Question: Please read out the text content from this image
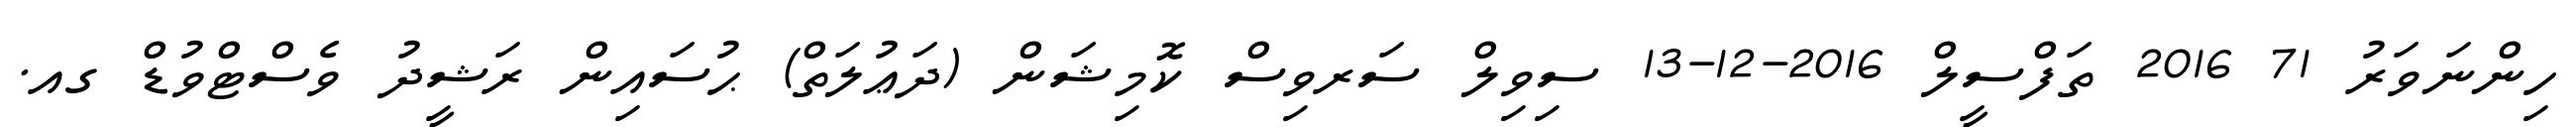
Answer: ހިންނަވަރު 71 2016 ތަފްސީލް 2016-12-13 ސިވިލް ސަރވިސް ކޮމިޝަން (ދަޢުލަތް) ޙުސައިން ރަޝީދު ވެސްޓްވުޑް ގއ.